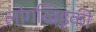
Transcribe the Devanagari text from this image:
लोगखिड़की